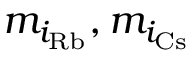
m _ { i _ { \mathrm { R b } } } , m _ { i _ { \mathrm { C s } } }